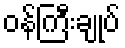
ဝန်ကြီးချုပ်